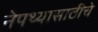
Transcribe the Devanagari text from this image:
नेपथ्यासाठीचे